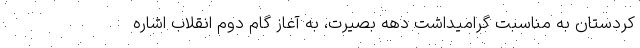
کردستان به مناسبت گرامیداشت دهه بصیرت، به آغاز گام دوم انقلاب اشاره